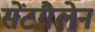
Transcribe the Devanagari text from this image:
सेंटगैलेन